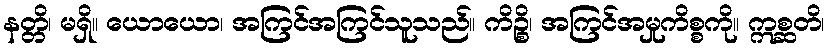
နတ္တိ၊ မရှိ။ ယောယော၊ အကြင်အကြင်သူသည်။ ကိဉ္စိ၊ အကြင်အမှုကိစ္စကို။ ဣစ္ဆတိ၊